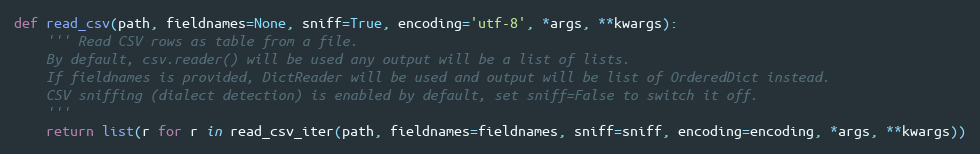
Language: Python
def read_csv(path, fieldnames=None, sniff=True, encoding='utf-8', *args, **kwargs):
    ''' Read CSV rows as table from a file.
    By default, csv.reader() will be used any output will be a list of lists.
    If fieldnames is provided, DictReader will be used and output will be list of OrderedDict instead.
    CSV sniffing (dialect detection) is enabled by default, set sniff=False to switch it off.
    '''
    return list(r for r in read_csv_iter(path, fieldnames=fieldnames, sniff=sniff, encoding=encoding, *args, **kwargs))